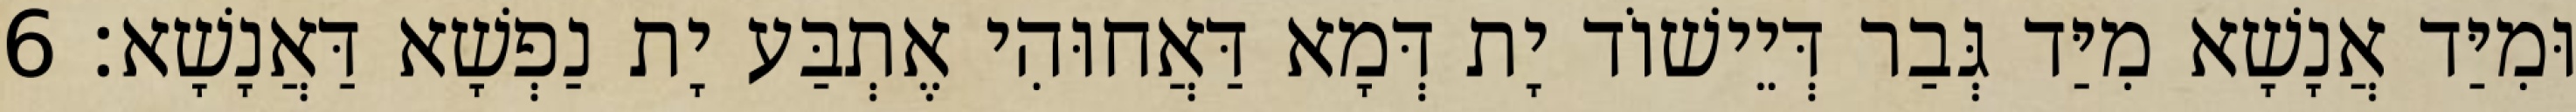
וּמִיַּד אֲנָשָׁא מִיַּד גְּבַר דְּיֵישׁוֹד יָת דְּמָא דַּאֲחוּהִי אֶתְבַּע יָת נַפְשָׁא דַּאֲנָשָׁא׃ 6